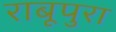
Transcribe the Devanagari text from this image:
राबूपुरा